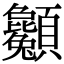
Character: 𩖌